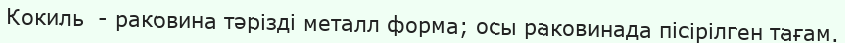
Кокиль  - раковина тәрізді металл форма; осы раковинада пісірілген тағам.